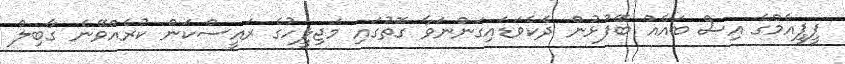
ޕީޕީއެމްގެ އިސް ބައެއް ބޭފުޅުން ދެކެވަޑައިގަންނަވާ ގޮތުގައި މަޖިލީހުގެ ރައީސްކަން ކުރެއްވޭނެ ގާބިލް